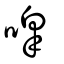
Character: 噑